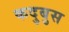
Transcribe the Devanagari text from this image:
कदुबुस